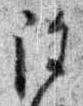
除